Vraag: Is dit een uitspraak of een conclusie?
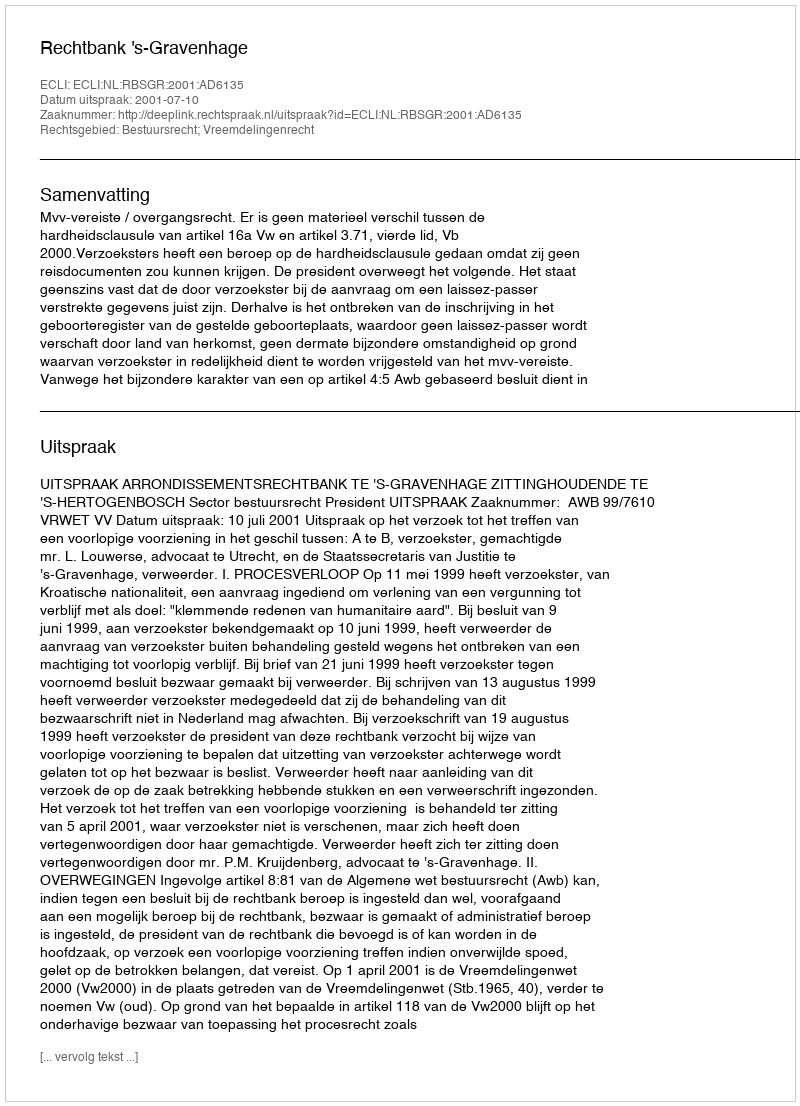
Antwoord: Uitspraak